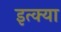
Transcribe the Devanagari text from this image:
इत्क्या